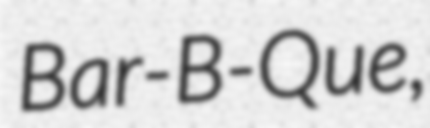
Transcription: Bar-B-Que,